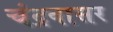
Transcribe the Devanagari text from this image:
चंद्रवासर